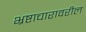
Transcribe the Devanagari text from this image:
भ्रष्टाचारावरील